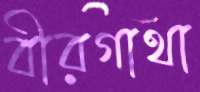
বীরগাথা